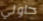
حاولي